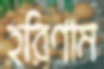
হরিণাম